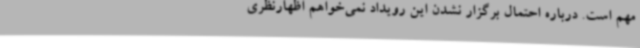
مهم است. درباره احتمال برگزار نشدن این رویداد نمی‌خواهم اظهارنظری